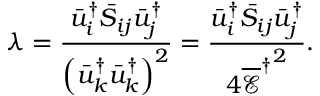
\lambda = \frac { { \bar { u } _ { i } ^ { \dag } { { \bar { S } } _ { i j } } \bar { u } _ { j } ^ { \dag } } } { { { { \left( { \bar { u } _ { k } ^ { \dag } \bar { u } _ { k } ^ { \dag } } \right) } ^ { 2 } } } } = \frac { { \bar { u } _ { i } ^ { \dag } { { \bar { S } } _ { i j } } \bar { u } _ { j } ^ { \dag } } } { { 4 { { \overline { { \mathcal E } } } ^ { \dag } } ^ { 2 } } } .